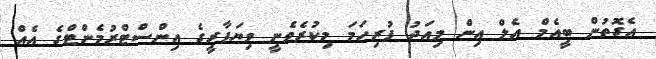
އެގޮތުން ބީއެމް އެލް އިން މިއަދު ފުރިހަމަ މިކުރެވެނީ ވިޔަފާރީގެ އިންސްޓްރުމެންޓްގެ އެއް